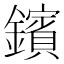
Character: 鑌